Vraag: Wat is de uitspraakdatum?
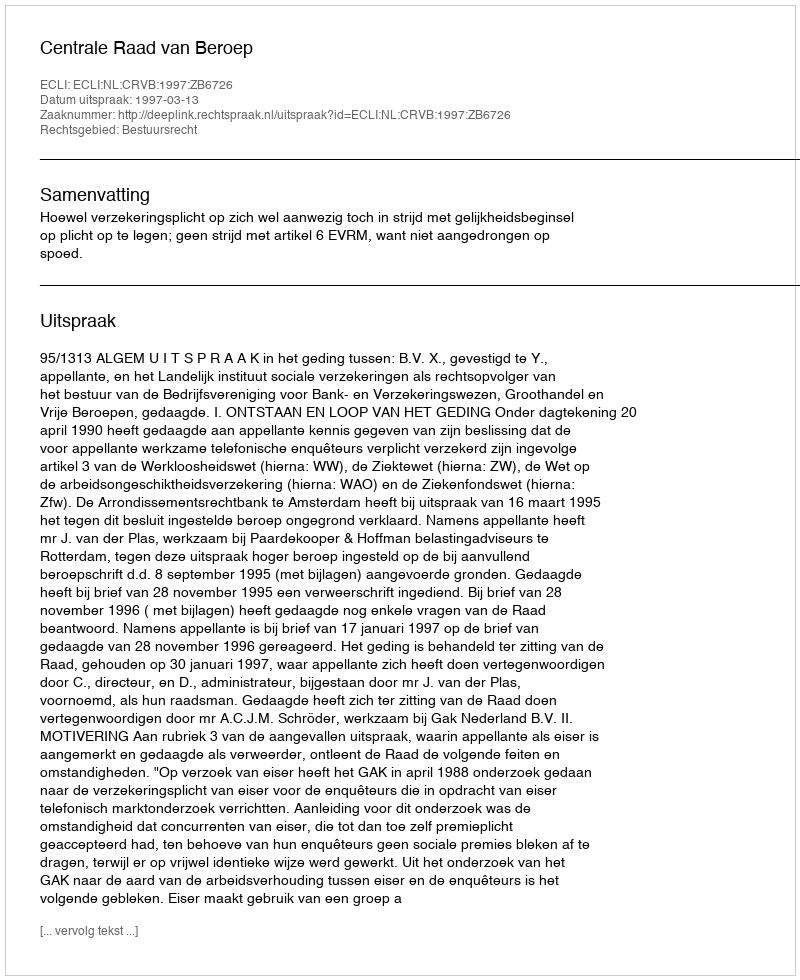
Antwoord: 1997-03-13